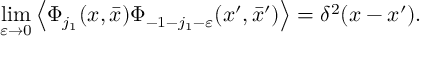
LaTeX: \operatorname * { l i m } _ { \varepsilon \rightarrow 0 } \left\langle \Phi _ { j _ { 1 } } ( x , \bar { x } ) \Phi _ { - 1 - j _ { 1 } - \varepsilon } ( x ^ { \prime } , \bar { x } ^ { \prime } ) \right\rangle = \delta ^ { 2 } ( x - x ^ { \prime } ) .